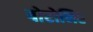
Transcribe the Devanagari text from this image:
बोरोनिए